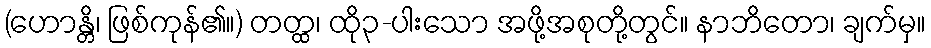
(ဟောန္တိ၊ ဖြစ်ကုန်၏။) တတ္ထ၊ ထို၃-ပါးသော အဖို့အစုတို့တွင်။ နာဘိတော၊ ချက်မှ။